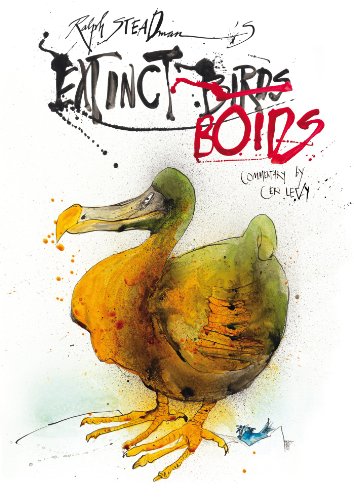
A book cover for Extinct Boids; Ralph Steadman; Sports & Outdoors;